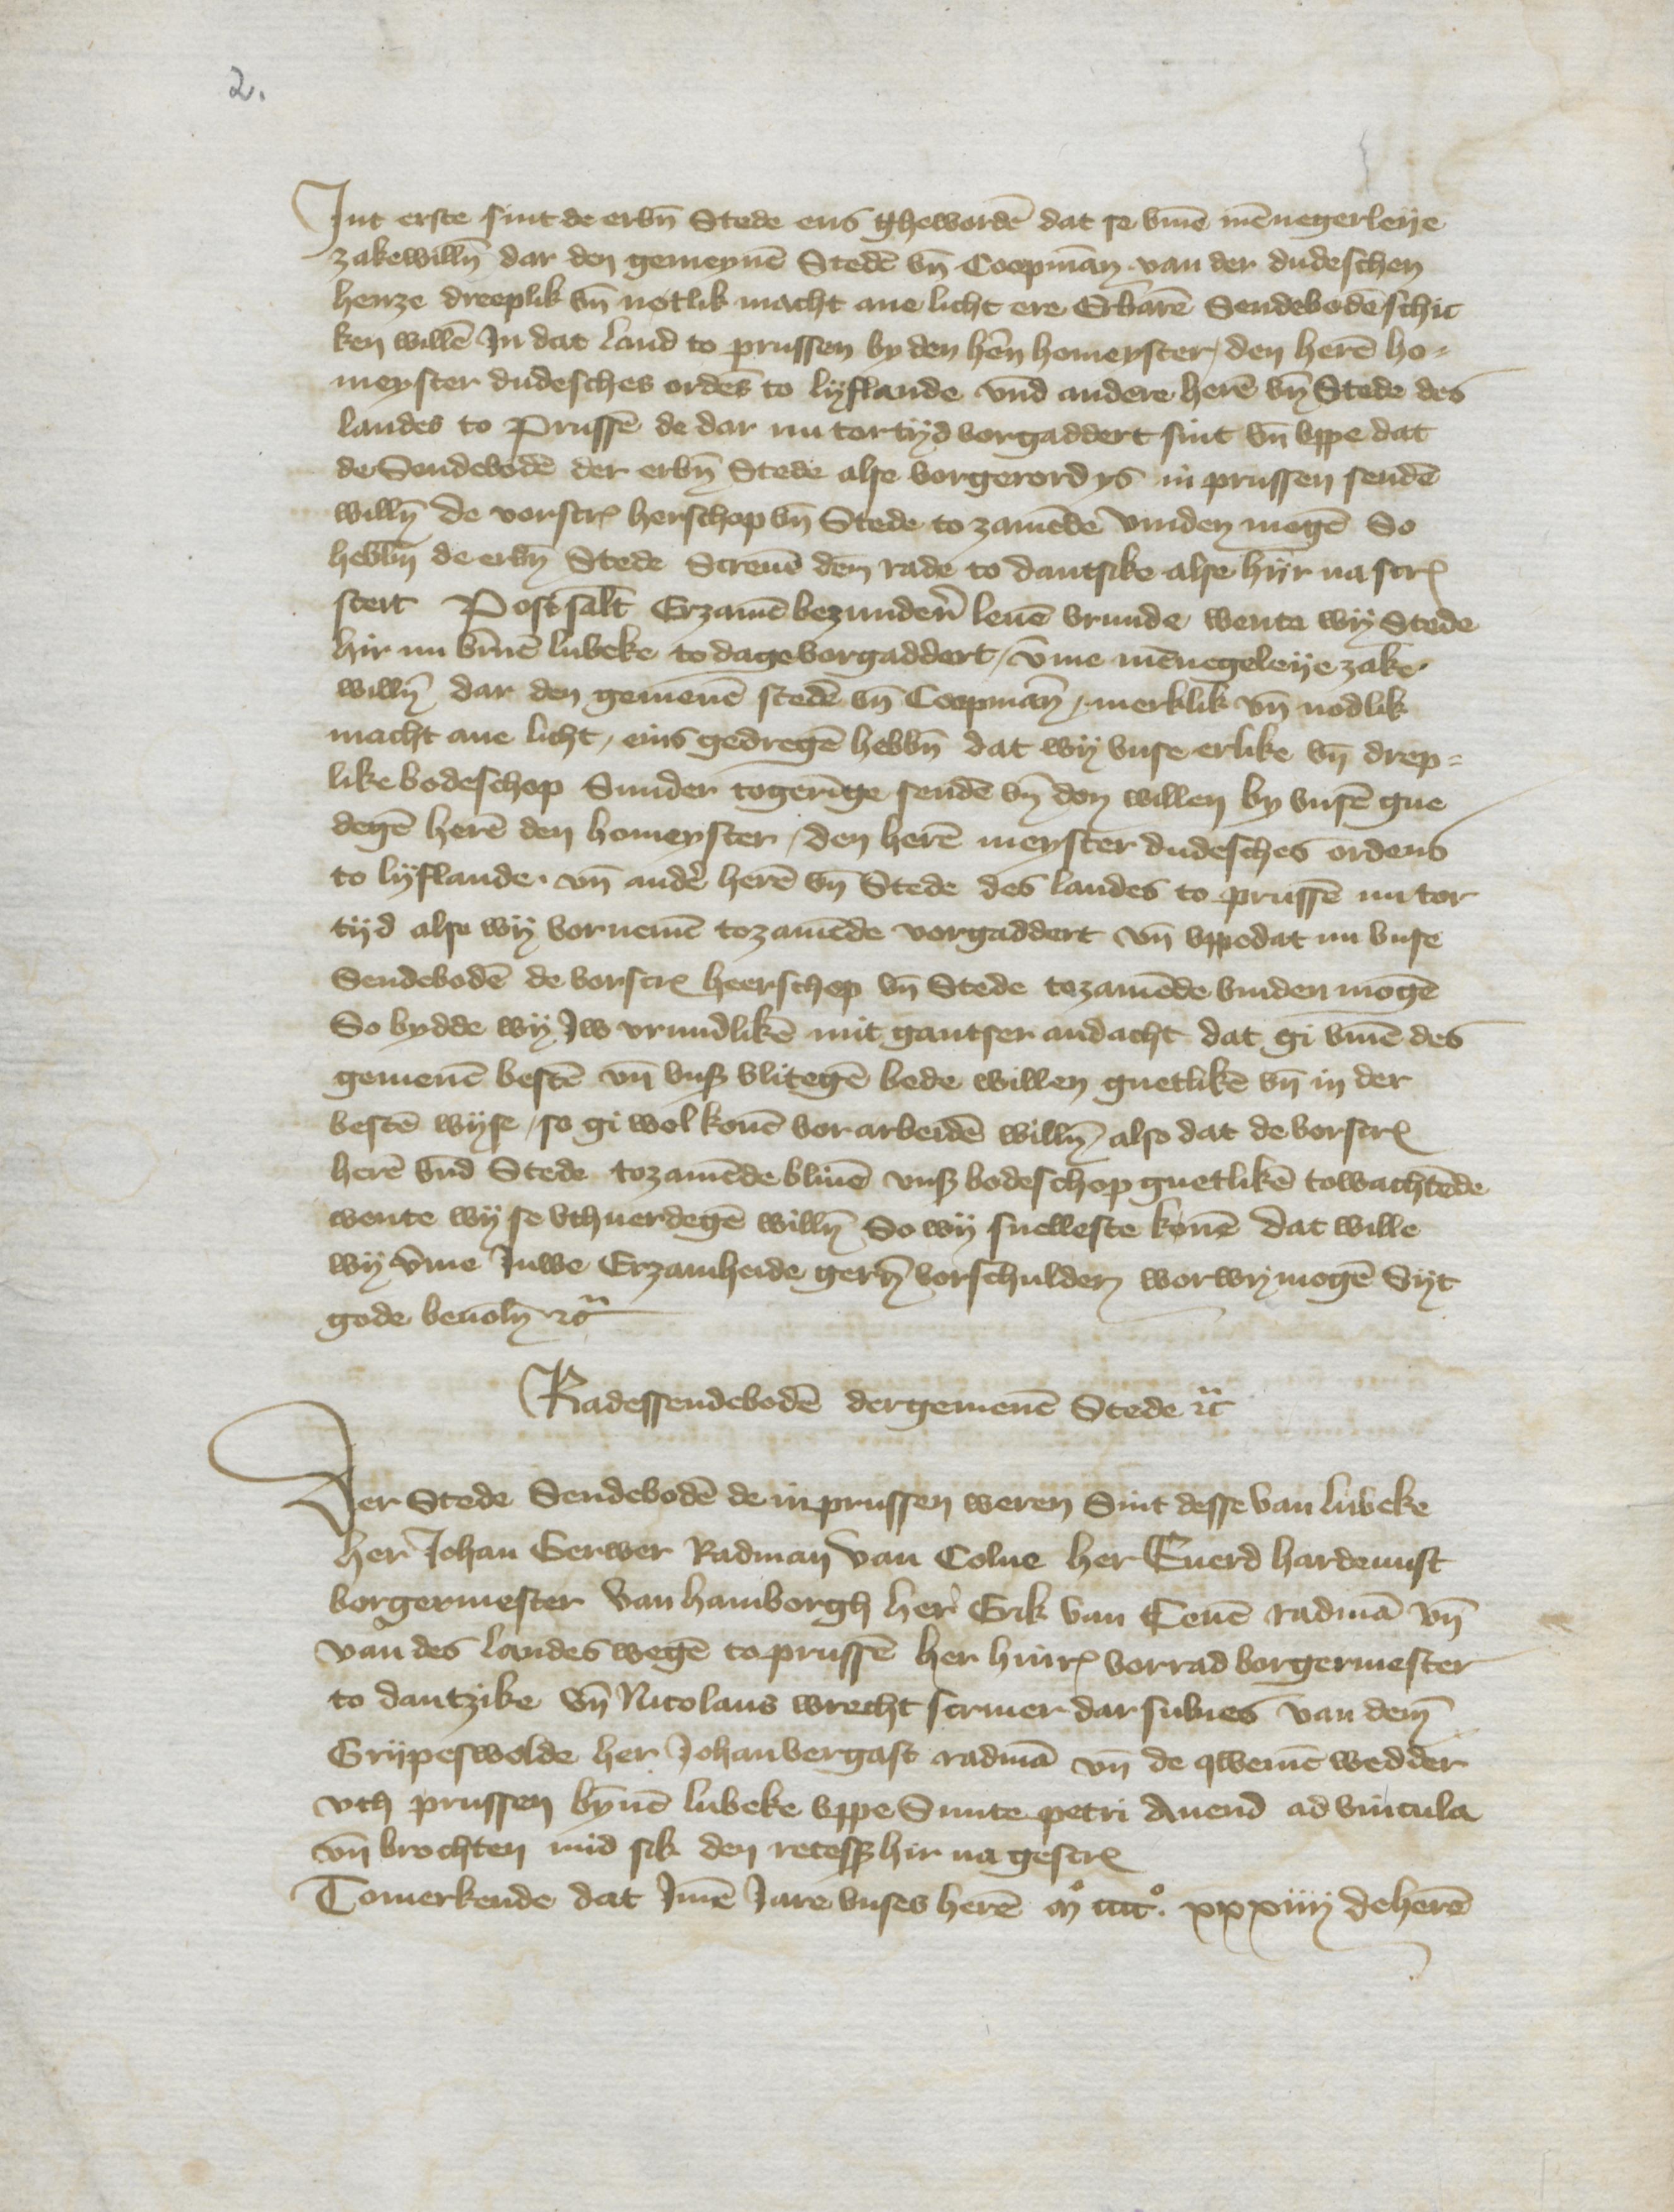
Jnt erste sint de erbenomden Stede ens gheworden dat se vmme mennegerleye
zakewillen dar den gemeynen Steden vnd Coopman van der dudeschen
henze dreeplik vnd notlik macht anelicht ere Erbaren Sendeboden schic¬
ken willen Jn das Land to Prussen by den heren homeyster, den heren ho¬
meyster dudesches ordens to Lyflande vnd andere heren by Stede des
landes to Prussen de dar nu tor tyd vorgaddert sint vnd vppe dat
de Sendeboden der erbenomeden Stede alse vorgerord ys in Prussen senden
willn de vorscreuen herschop vnd Stede to zamende vinden mogen, So
hebben de erbenomden Stede Screuen den rade to Dantsike alse hyr nascreuen
steit Post salutatem Erzamen bezunderen leuen vrunde, wente wy Stede
hir nu binnen Lubeke to dagevorgaddert, vmme mennegeleye zake
willen dar den gemenen steden vnd Coopmann, merklik vnd nodlik
macht ane licht, ens gedregen hebben dat wy vnse erlike vnd drep¬
like bodeshop Sunder togeringe senden vnd don willen by vnsen gne¬
degen heren den homeyster, den heren meyster dudesches ordens
to Lyflande vnd andere heren vnd Stede des landes to Prussen nu tor¬
tyd alse wy vornemen tozamende vorgaddert vnd vppedat nu vnse
Sendeboden de vorscreuen heerschop vnd Stede tozamende vinden mogen
So bydde wy Jw vrundliken mit gantser andacht dat gi vmme des
gemenen besten vnd vnser vlitegen bede willen gnetliken vnd in der
besten wyse, so gi wol konen vorarbeiden willen, also dat de vorscreuen
heren vnde Stede tozamende bliuen vnse bodeschop gnetliken towachtende
wente wy se vthuerdegen willen So wy snelleste konen dat wille
wy vmme Juwe Erzamheide gerne vorschulden worwy mogen Syt
gode bevolen etctera
Radessendeboden der gemenen Stede etcetera

Der Stede Sendeboden de in Prussen weren Sint desse van Lubeke
her Johan Gerwer Radman van Colne her Euerd Hardemist
borgermester van Hamborgh here Erik van Teuen Radman vnd
van des landes wegen to Prussen her Hinrick Vorrad borgermester
to Dantzike vnd Nicolaus Wrecht scriuer darsulues van deme
Grypeswolde, her Johan Bergast radman vnd de qwemen wedder
vth Prussen bynnen Lubeke vppe Sunte Petri Auend ad vincula
vnd brochten mid sik den recess hir na gescreuen
Tomerkende, dat Jmen Jare vnses heren m ccco xxxiiij deheren